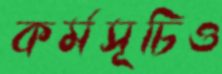
কর্মসূচিও